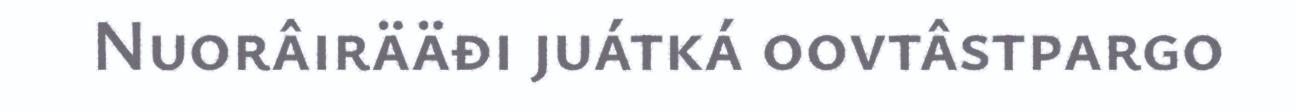
Nuorâirääđi juátká oovtâstpargo